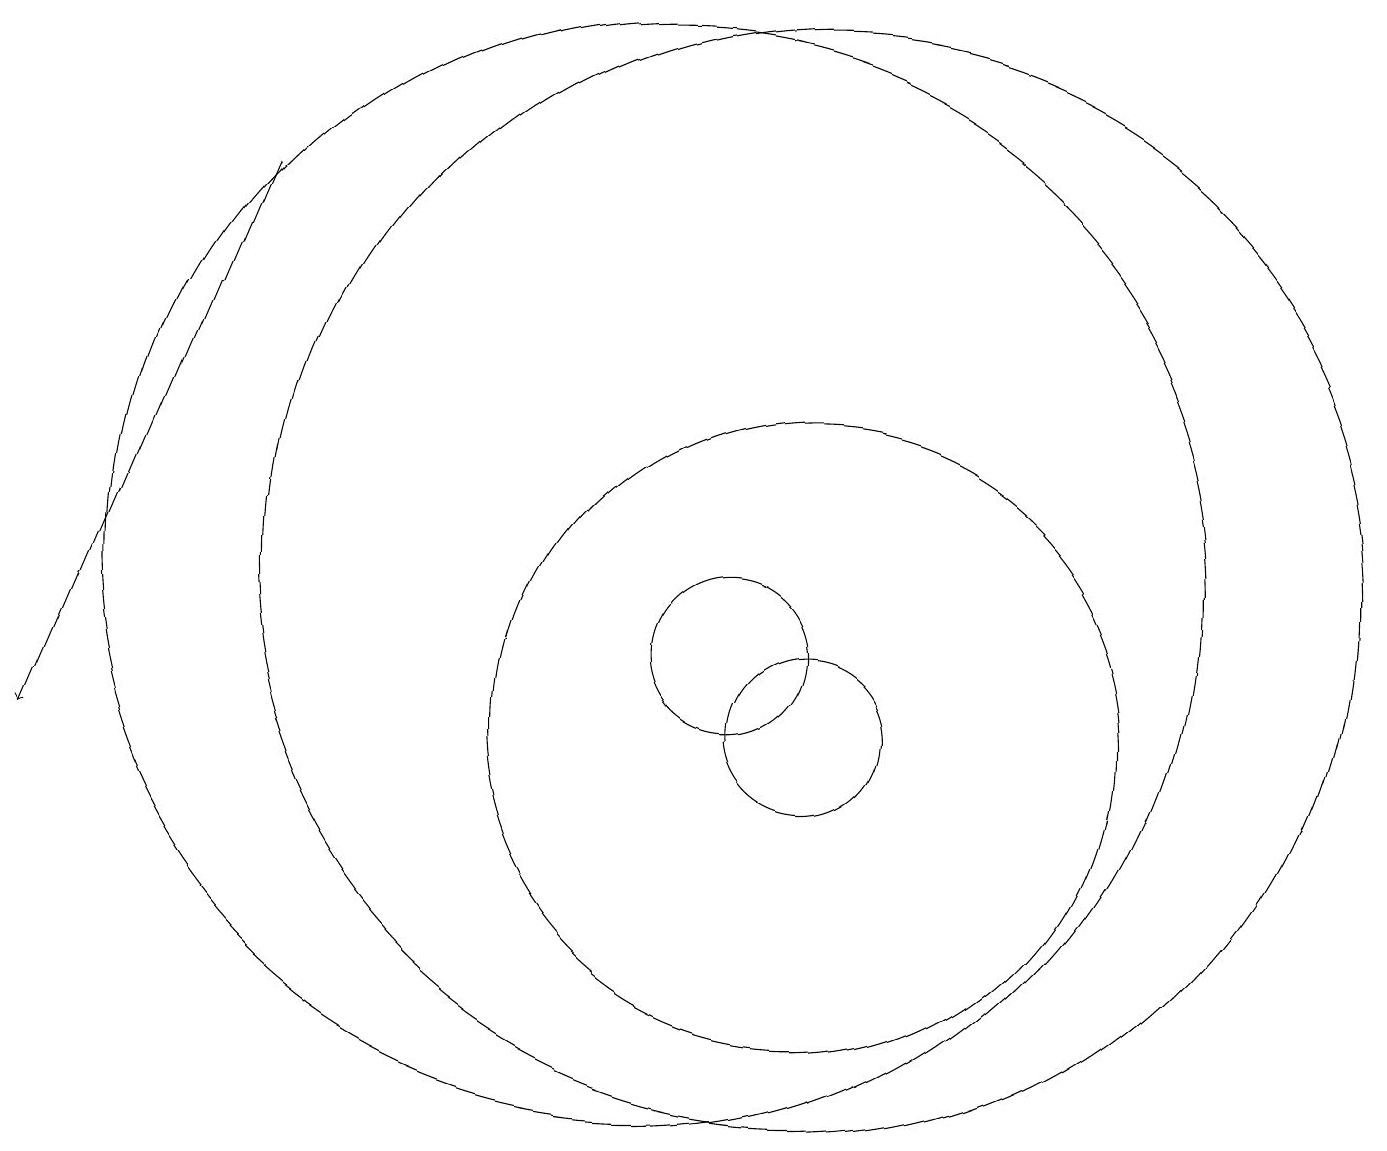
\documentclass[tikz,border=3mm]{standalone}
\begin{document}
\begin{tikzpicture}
\draw (12,12) circle (7);
\draw (12,10) circle (1);
\draw (11,11) circle (1);
\draw (12,10) circle (0);
\draw (12,10) circle (4);
\draw[->] (5,17) -- (2,10);
\draw (10,12) circle (7);
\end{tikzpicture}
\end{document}